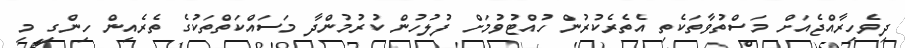
ދިވެހިރާއްޖެއަށް މަސްތުވާތަކެތި އެތެރެކުރުން ހުއްޓުވުމަށް ފުލުހުން ކުރުމުންދާ މަސައްކަތްތަކުގެ ތެރެއިން ހިންގި މި